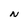
Character: N